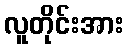
လူတိုင်းအား